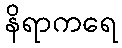
နိရာကရေ